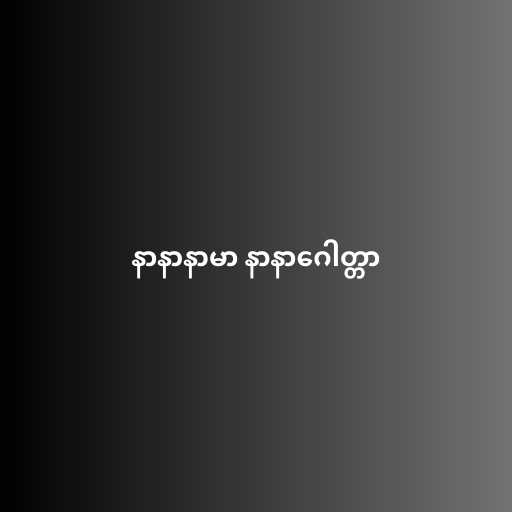
နာနာနာမာ နာနာဂေါတ္တာ